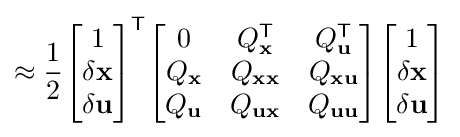
\approx {\frac {1}{2}}{\begin{bmatrix}1\\\delta \mathbf {x} \\\delta \mathbf {u} \end{bmatrix}}^{\mathsf {T}}{\begin{bmatrix}0&Q_{\mathbf {x} }^{\mathsf {T}}&Q_{\mathbf {u} }^{\mathsf {T}}\\Q_{\mathbf {x} }&Q_{\mathbf {x} \mathbf {x} }&Q_{\mathbf {x} \mathbf {u} }\\Q_{\mathbf {u} }&Q_{\mathbf {u} \mathbf {x} }&Q_{\mathbf {u} \mathbf {u} }\end{bmatrix}}{\begin{bmatrix}1\\\delta \mathbf {x} \\\delta \mathbf {u} \end{bmatrix}}